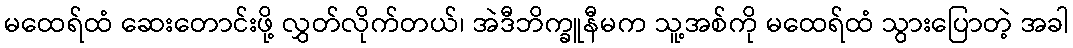
မထေရ်ထံ ဆေးတောင်းဖို့ လွှတ်လိုက်တယ်၊ အဲဒီဘိက္ခူနီမက သူ့အစ်ကို မထေရ်ထံ သွားပြောတဲ့ အခါ